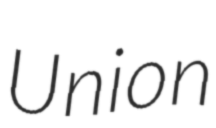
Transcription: Union